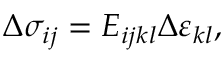
\Delta \sigma _ { i j } = E _ { i j k l } \Delta \varepsilon _ { k l } ,